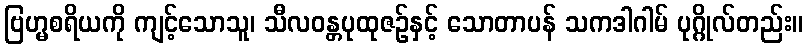
ဗြဟ္မစရိယကို ကျင့်သောသူ၊ သီလဝန္တပုထုဇဉ်နှင့် သောတာပန် သကဒါဂါမ် ပုဂ္ဂိုလ်တည်း။